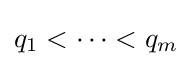
q_{1}<\cdots <q_{m}